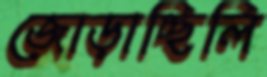
জোড়াচ্ছিলি